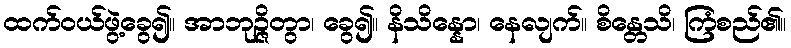
ထက်ဝယ်ဖွဲ့ခွေ၍။ အာဘုဉ္ဇိတွာ၊ ခွေ၍။ နိသိန္နော၊ နေလျက်။ စိန္တေသိ၊ ကြံစည်၏။